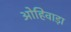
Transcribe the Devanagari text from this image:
ओहिवाड़ा